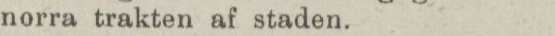
norra trakten af staden.